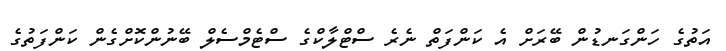
އަތުގެ ހަންގަނޑުން ބޭރަށް އެ ކަންފަތް ނެރެ ސްޓްލާކްގެ ސްޓެމްސެލް ބޭނުންކޮށްގެން ކަންފަތުގެ